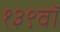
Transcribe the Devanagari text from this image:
१३९वॉ